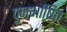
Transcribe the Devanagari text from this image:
पुनर्भाषित